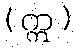
( ဣ )